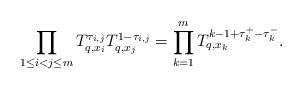
LaTeX: \begin{align*}\prod_{1\leq i < j\leq m}{T_{q, x_i}^{\tau_{i, j}}T_{q, x_j}^{1 - \tau_{i, j}}} = \prod_{k=1}^m{T_{q, x_k}^{k -1 + \tau_k^+ - \tau_k^-}}.\end{align*}